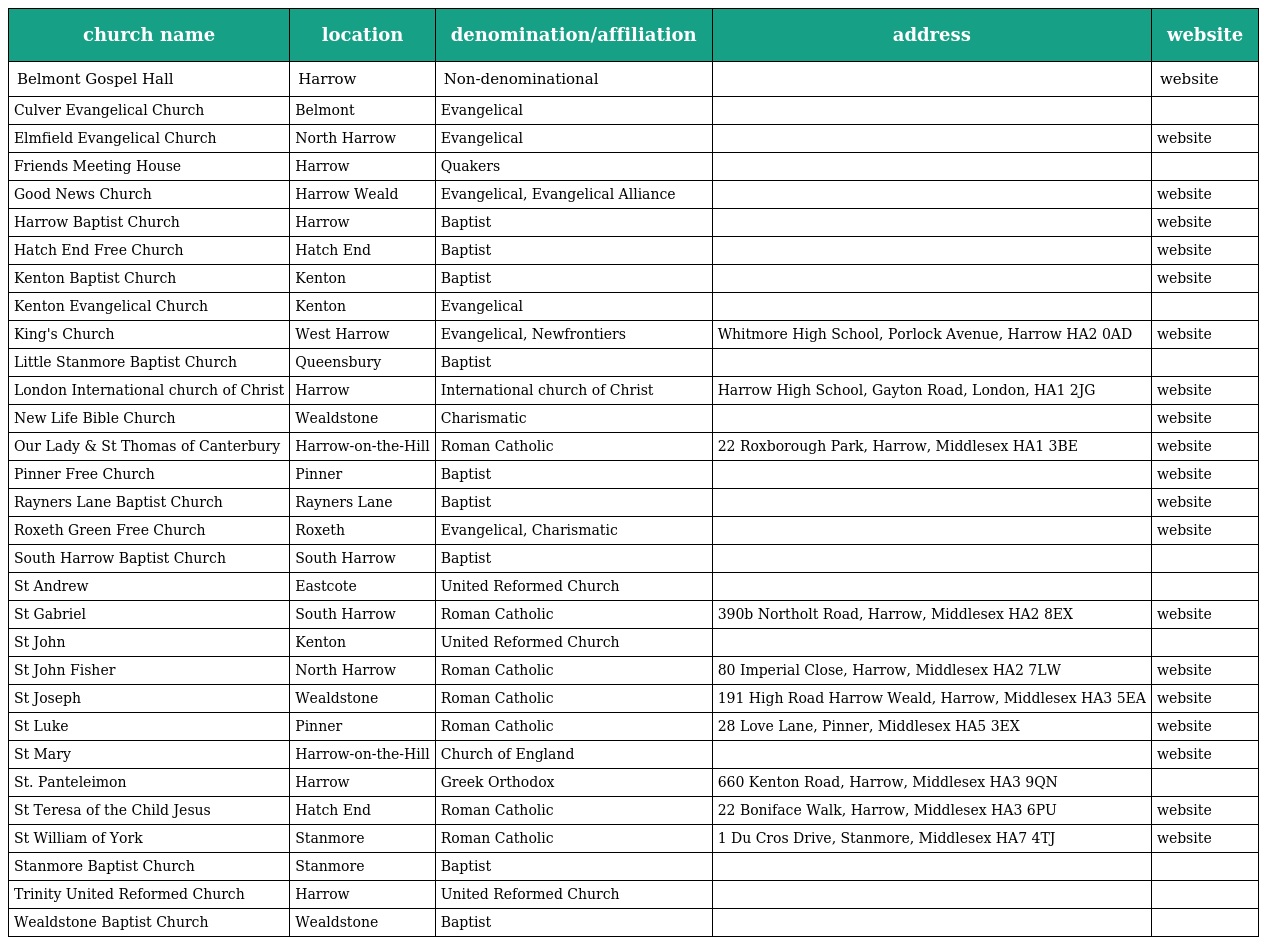
| church name | location | denomination/affiliation | address | website |
 | --- | --- | --- | --- | --- |
 | Belmont Gospel Hall | Harrow | Non-denominational |  | website |
 | Culver Evangelical Church | Belmont | Evangelical |  |  |
 | Elmfield Evangelical Church | North Harrow | Evangelical |  | website |
 | Friends Meeting House | Harrow | Quakers |  |  |
 | Good News Church | Harrow Weald | Evangelical, Evangelical Alliance |  | website |
 | Harrow Baptist Church | Harrow | Baptist |  | website |
 | Hatch End Free Church | Hatch End | Baptist |  | website |
 | Kenton Baptist Church | Kenton | Baptist |  | website |
 | Kenton Evangelical Church | Kenton | Evangelical |  |  |
 | King's Church | West Harrow | Evangelical, Newfrontiers | Whitmore High School, Porlock Avenue, Harrow HA2 0AD | website |
 | Little Stanmore Baptist Church | Queensbury | Baptist |  |  |
 | London International church of Christ | Harrow | International church of Christ | Harrow High School, Gayton Road, London, HA1 2JG | website |
 | New Life Bible Church | Wealdstone | Charismatic |  | website |
 | Our Lady & St Thomas of Canterbury | Harrow-on-the-Hill | Roman Catholic | 22 Roxborough Park, Harrow, Middlesex HA1 3BE | website |
 | Pinner Free Church | Pinner | Baptist |  | website |
 | Rayners Lane Baptist Church | Rayners Lane | Baptist |  | website |
 | Roxeth Green Free Church | Roxeth | Evangelical, Charismatic |  | website |
 | South Harrow Baptist Church | South Harrow | Baptist |  |  |
 | St Andrew | Eastcote | United Reformed Church |  |  |
 | St Gabriel | South Harrow | Roman Catholic | 390b Northolt Road, Harrow, Middlesex HA2 8EX | website |
 | St John | Kenton | United Reformed Church |  |  |
 | St John Fisher | North Harrow | Roman Catholic | 80 Imperial Close, Harrow, Middlesex HA2 7LW | website |
 | St Joseph | Wealdstone | Roman Catholic | 191 High Road Harrow Weald, Harrow, Middlesex HA3 5EA | website |
 | St Luke | Pinner | Roman Catholic | 28 Love Lane, Pinner, Middlesex HA5 3EX | website |
 | St Mary | Harrow-on-the-Hill | Church of England |  | website |
 | St. Panteleimon | Harrow | Greek Orthodox | 660 Kenton Road, Harrow, Middlesex HA3 9QN |  |
 | St Teresa of the Child Jesus | Hatch End | Roman Catholic | 22 Boniface Walk, Harrow, Middlesex HA3 6PU | website |
 | St William of York | Stanmore | Roman Catholic | 1 Du Cros Drive, Stanmore, Middlesex HA7 4TJ | website |
 | Stanmore Baptist Church | Stanmore | Baptist |  |  |
 | Trinity United Reformed Church | Harrow | United Reformed Church |  |  |
 | Wealdstone Baptist Church | Wealdstone | Baptist |  |  |